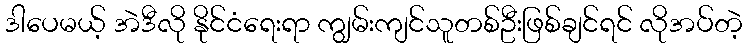
ဒါပေမယ့် အဲဒီလို နိုင်ငံရေးရာ ကျွမ်းကျင်သူတစ်ဦးဖြစ်ချင်ရင် လိုအပ်တဲ့